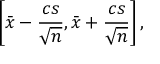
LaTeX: \left[ { \bar { x } } - { \frac { c s } { \sqrt { n } } } , { \bar { x } } + { \frac { c s } { \sqrt { n } } } \right] ,